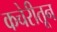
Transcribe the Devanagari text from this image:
कचेरीतून